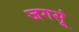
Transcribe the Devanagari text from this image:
जगसूं